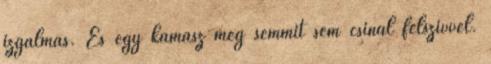
izgalmas. És egy kamasz még semmit sem csinál félszívvel.